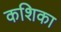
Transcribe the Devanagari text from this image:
कशिका